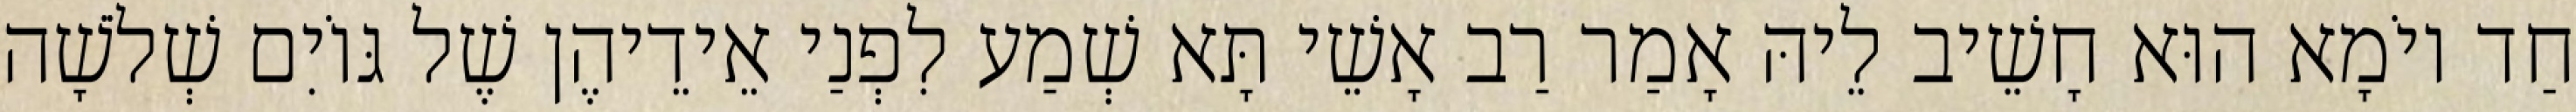
חַד יוֹמָא הוּא חָשֵׁיב לֵיהּ אָמַר רַב אָשֵׁי תָּא שְׁמַע לִפְנַי אֵידֵיהֶן שֶׁל גּוֹיִם שְׁלֹשָׁה